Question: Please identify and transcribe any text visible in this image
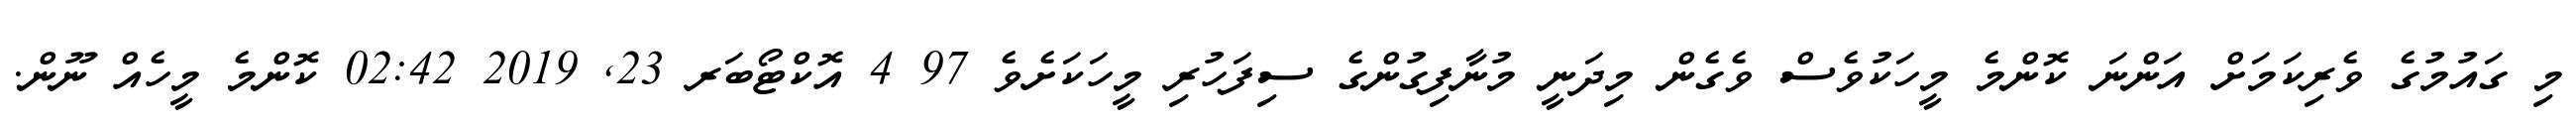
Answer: މި ގައުމުގެ ވެރިކަމަށް އަންނަ ކޮންމެ މީހަކުވެސް ވެގެން މިދަނީ މުނާފިގުންގެ ސިފަހުރި މީހަކަށެވެ 97 4 އޮކްޓޯބަރ 23, 2019 02:42 ކޮންމެ މީހެއް ނޫން.